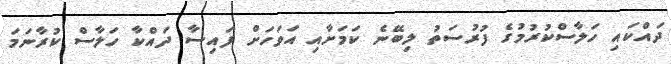
ދައްކައި ހަލާސްކުރުމުގެ ފުރުސަތު ލިބޭނެ ކަމަށާއި އަވަހަށް ފައިސާ ދައްކާ ހަލާސް ކުރާނަމަ